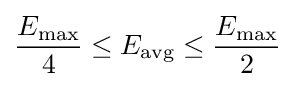
{\frac {E_{\text{max}}}{4}}\leq E_{\text{avg}}\leq {\frac {E_{\text{max}}}{2}}